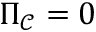
\Pi _ { \mathcal { C } } = 0